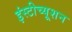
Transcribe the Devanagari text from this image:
इंस्टीच्यूशन